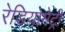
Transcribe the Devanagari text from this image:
रेडियोमेट्री